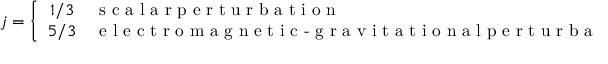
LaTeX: j = \left\{ \begin{array} { c l } { { 1 / 3 } } & { { \textrm { s c a l a r p e r t u r b a t i o n } } } \\ { { 5 / 3 } } & { { \textrm { e l e c t r o m a g n e t i c - g r a v i t a t i o n a l p e r t u r b a t i o n } } } \end{array} \right.